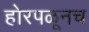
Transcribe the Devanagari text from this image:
होरपळूनच